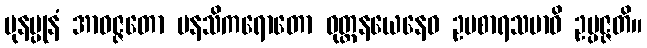
ပုနပ္ပုနံ အာဝဇ္ဇတော မနသိကရောတော ဝုတ္တနယေနေဝ ဥပစာရသမာဓိ ဥပ္ပဇ္ဇတိ။